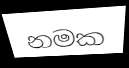
නමක